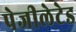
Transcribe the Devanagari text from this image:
पेजीलेटेड